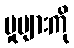
မှုများကို